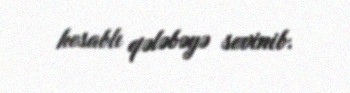
hesablı qələbəyə sevinib.